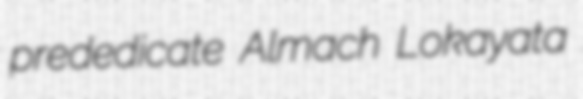
prededicate Almach Lokayata